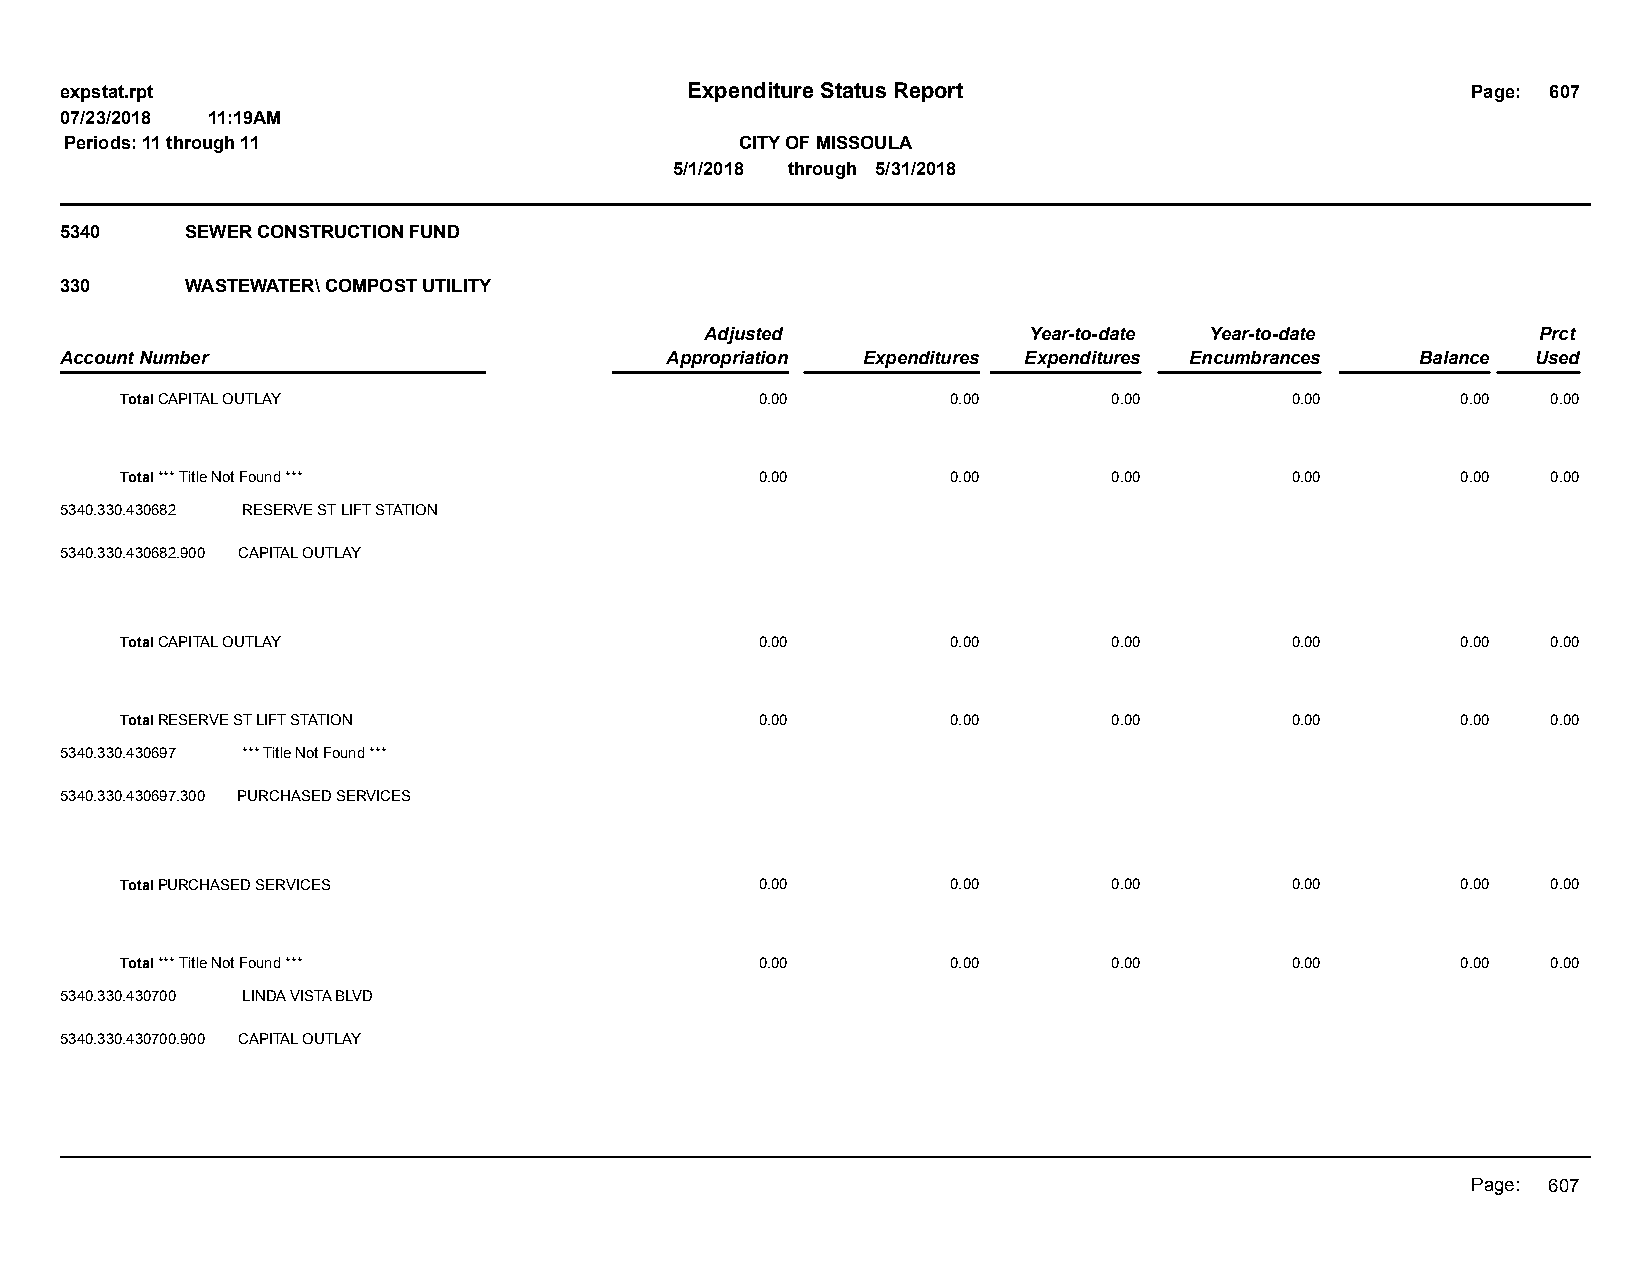
expstat.rpt                              Expenditure Status Report                           Page: 607
 07/23/2018 11:19AM
 Periods: 11 through 11                       CITY OF MISSOULA
 5/1/2018 through 5/31/2018
 5340    SEWER CONSTRUCTION FUND
 330     WASTEWATER\ COMPOST UTILITY
 Adjusted             Year-to-date Year-to-date         Prct
 Account Number                          Appropriation Expenditures Expenditures Encumbrances Balance Used
 Total CAPITAL OUTLAY                      0.00         0.00       0.00       0.00        0.00  0.00
 Total *** Title Not Found ***             0.00         0.00       0.00       0.00        0.00  0.00
 5340.330.430682 RESERVE ST LIFT STATION
 5340.330.430682.900 CAPITAL OUTLAY
 Total CAPITAL OUTLAY                      0.00         0.00       0.00       0.00        0.00  0.00
 Total RESERVE ST LIFT STATION             0.00         0.00       0.00       0.00        0.00  0.00
 5340.330.430697 *** Title Not Found ***
 5340.330.430697.300 PURCHASED SERVICES
 Total PURCHASED SERVICES                  0.00         0.00       0.00       0.00        0.00  0.00
 Total *** Title Not Found ***             0.00         0.00       0.00       0.00        0.00  0.00
 5340.330.430700 LINDA VISTA BLVD
 5340.330.430700.900 CAPITAL OUTLAY
 Page: 607